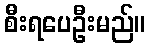
စီးရပေဦးမည်။